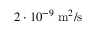
2 \cdot 1 0 ^ { - 9 } \; \mathrm { m } ^ { 2 } / \mathrm { s }